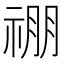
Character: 𬓃